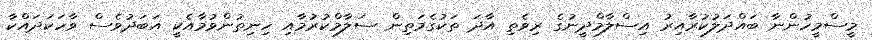
މީސްމީހުންނާ ބައްދަލުކުރާއިރު އިސްލާމްދީނުގެ ރިވެތި އާދަ ތަކުގެމަތިން ސަލާމްކުރުމާއި ހިނިތުންވުމާއެކީ އަބަދުވެސް ވާހަކަދައްކާ